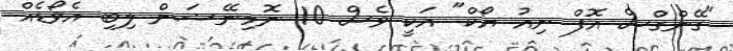
"ގޭންގްސް އޮފް ނިއު ޔޯކް" އަކީ ވެސް 10 ނޮމިނޭޝަން ލިބި އެވޯޑެއް